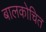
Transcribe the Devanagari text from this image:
बालकोचित